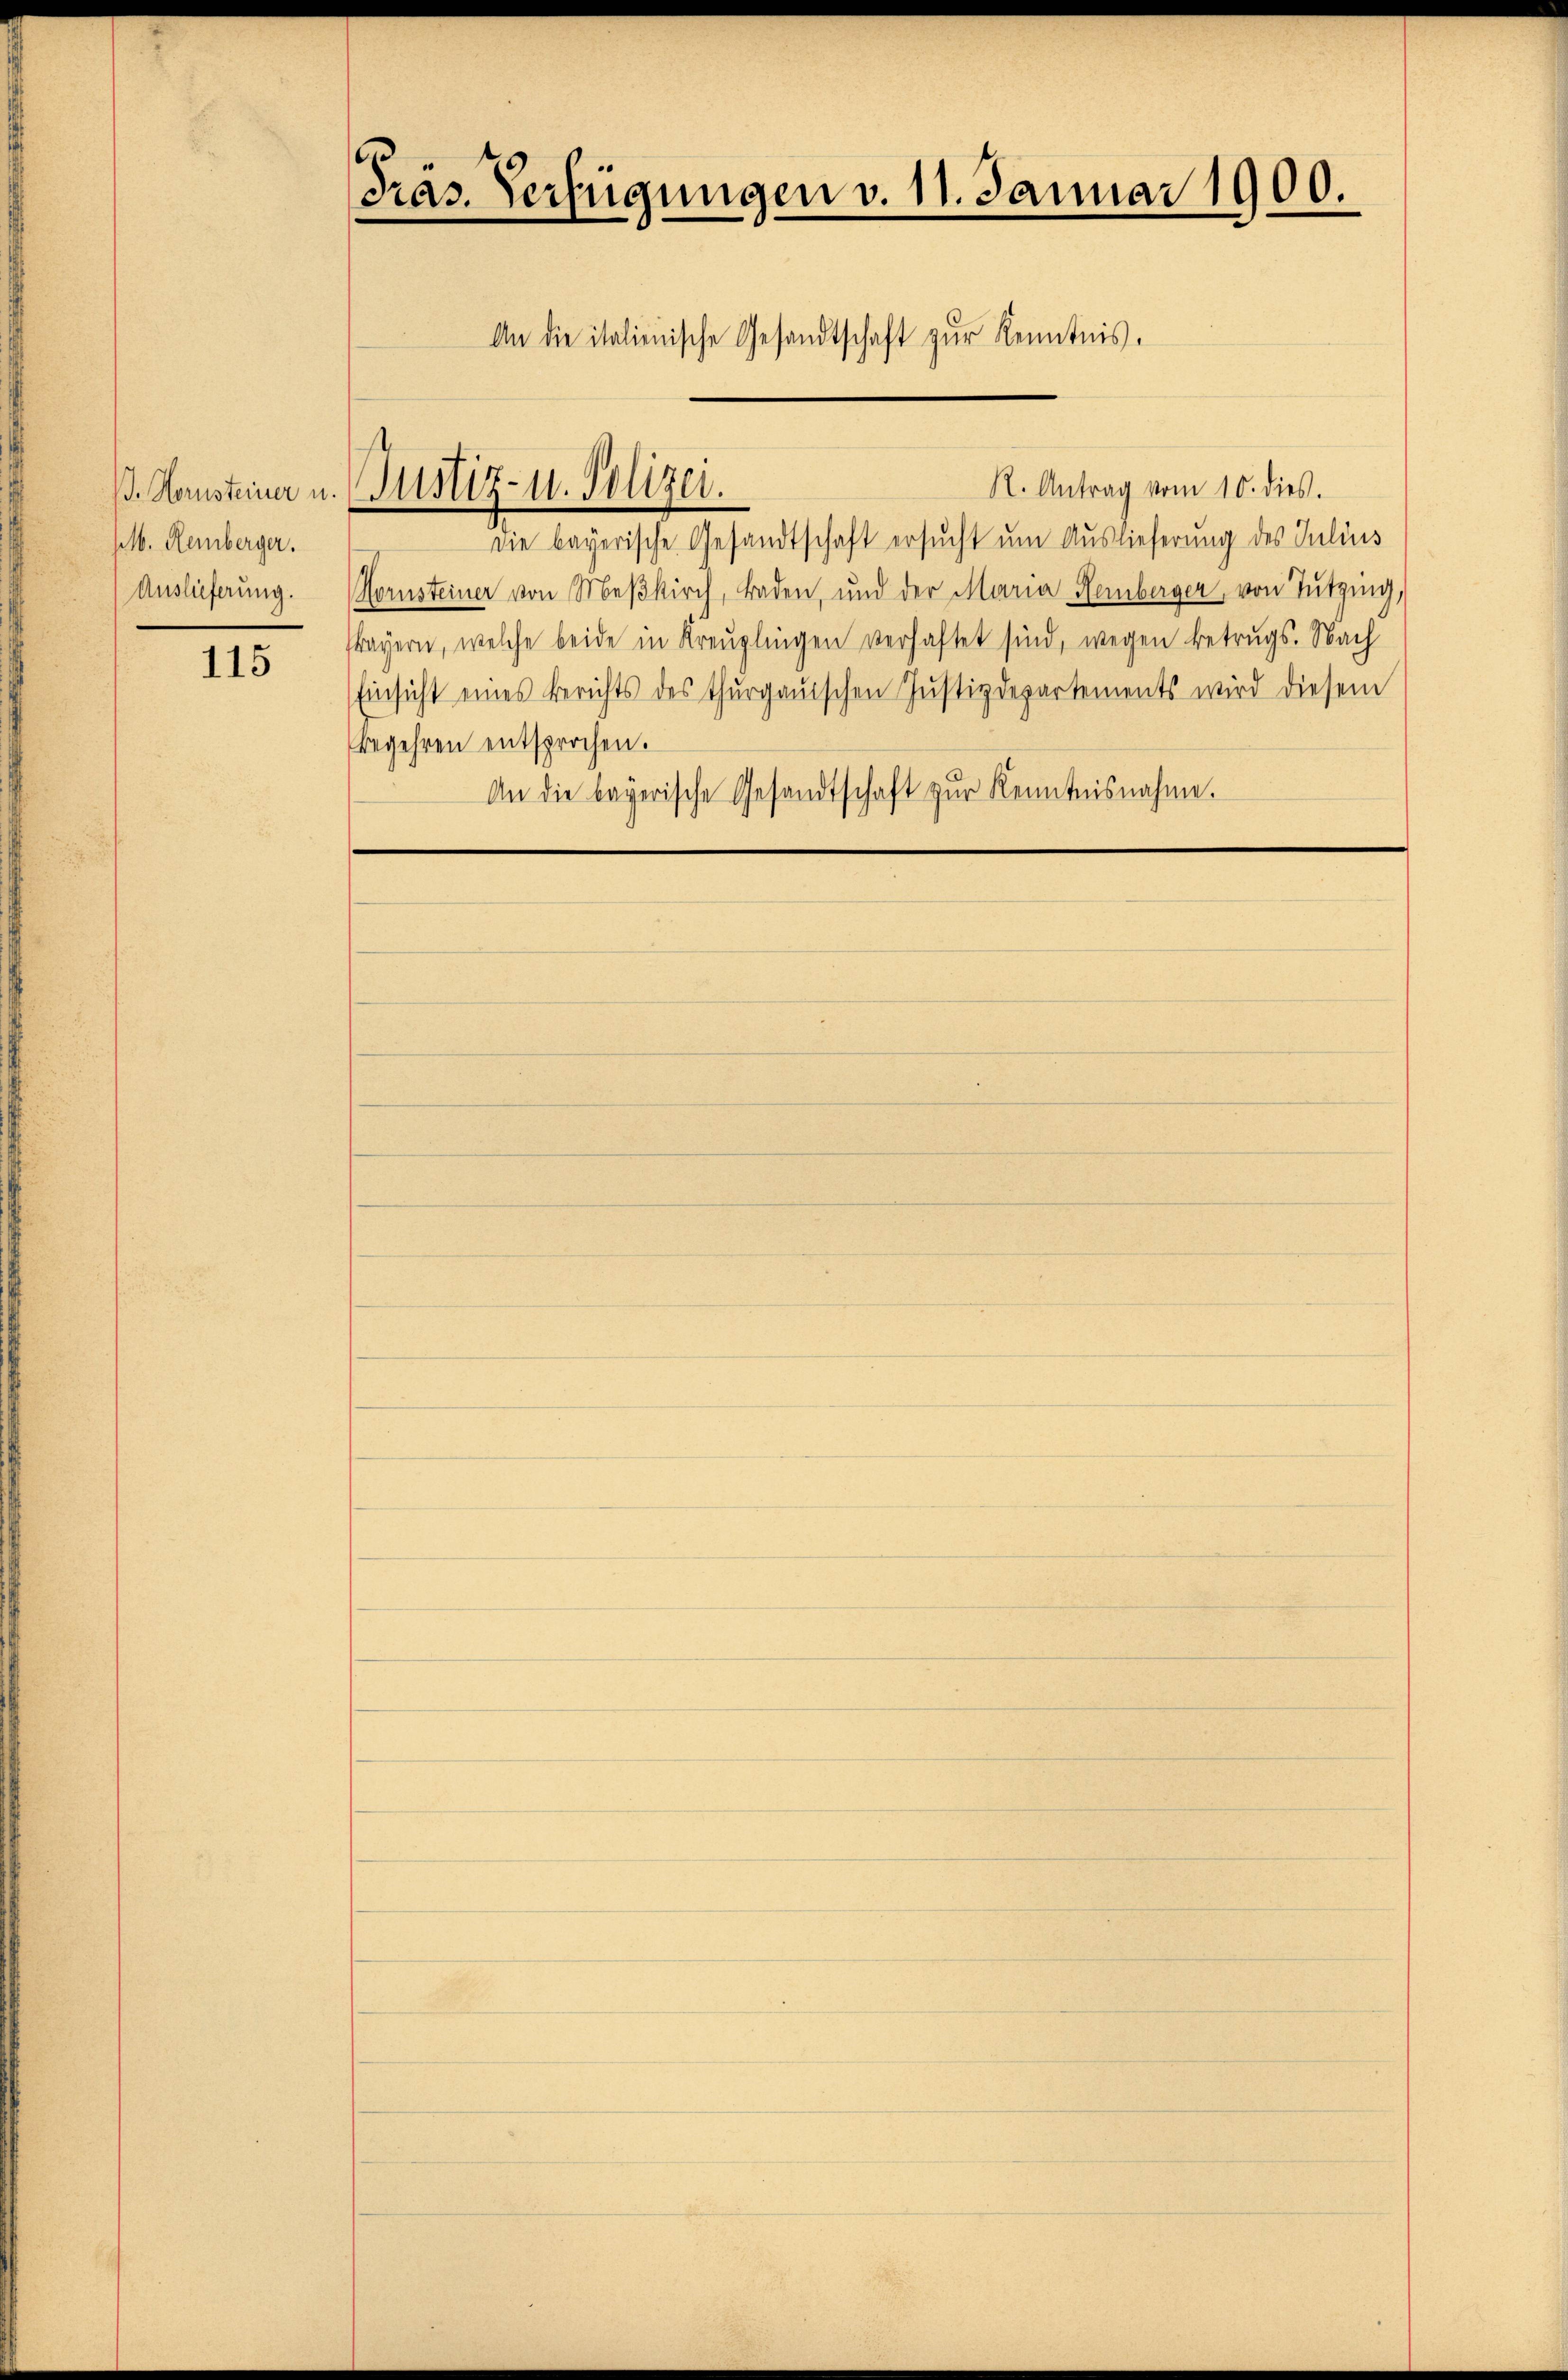
. Hornsteiner u.
sl. Remberger.
Auslieferung.

115

Präs. Verfügungen v. 11. Januar 1900.
An die italienische Gesandtschaft zŭr Kenntnis.

s.
Justiz- u. Polizei.

R. Antrag vom 10. dies.
die bayerische Gesandtschaft ersucht um Auslieferung des Julius
Hornsteiner von Meβkirch, Baden, und der Maria Remberger, von Tützing,
rayern, welche beide in Kreuzlingen verhaftet sind, wegen Betrugs. Nach
Einsicht eines Berichts des Thurgauischen Justizdepartements wird diesem
Begehren entsprochen.
An die bayerische Gesandtschaft zŭr Kenntnisnahme.